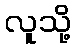
လူသို့